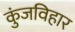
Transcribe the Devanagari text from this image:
कुंजविहार